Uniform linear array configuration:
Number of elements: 48
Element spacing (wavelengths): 0.5
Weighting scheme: binomial
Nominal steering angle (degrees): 0
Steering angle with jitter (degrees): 1.416
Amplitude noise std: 0.05
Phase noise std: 0.05

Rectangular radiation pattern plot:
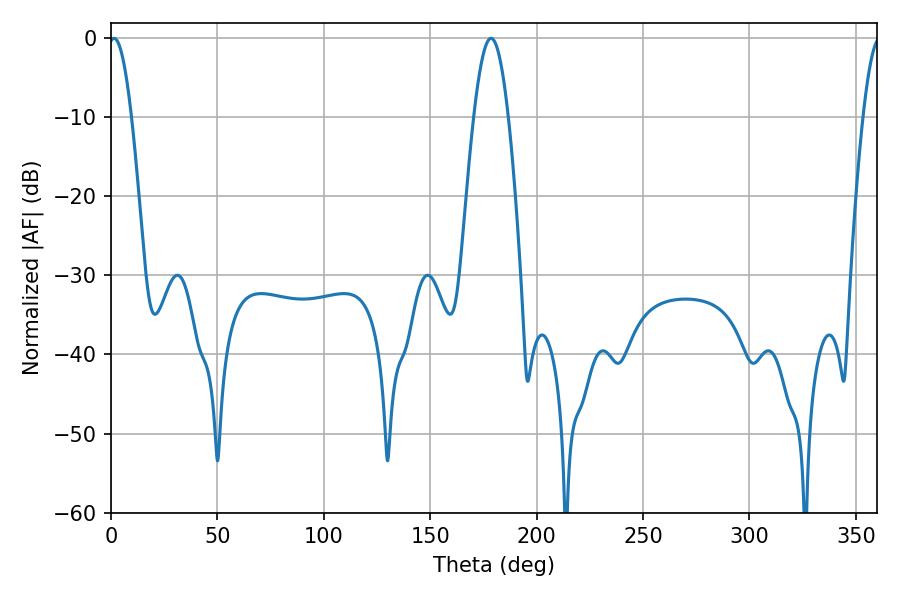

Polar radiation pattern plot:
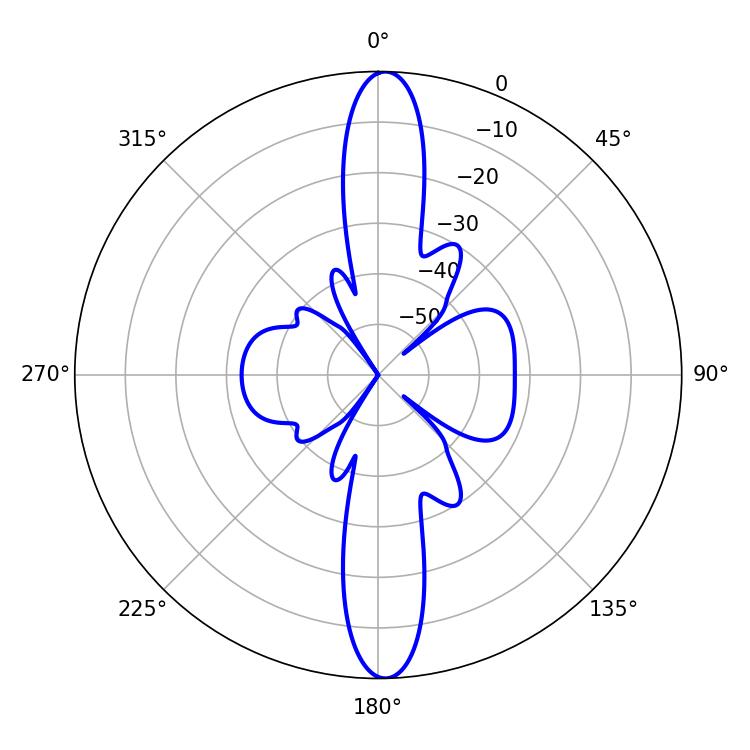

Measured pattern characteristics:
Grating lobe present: FALSE
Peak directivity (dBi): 23.534
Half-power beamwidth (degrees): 5.76
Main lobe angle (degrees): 1.44